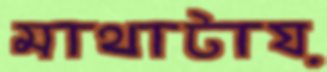
মাথাটায়